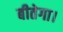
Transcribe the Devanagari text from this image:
बीतेगा।